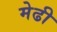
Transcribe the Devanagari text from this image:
मेढी